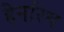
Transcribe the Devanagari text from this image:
हेनरिथ